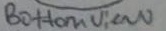
Text: Bottom View